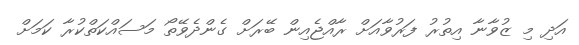
އަދި މި ޒުވާނާ އިތުރު ފަރުވާއަށް ރާއްޖެއިން ބޭރަށް ގެންދެވޭތޯ މަސައްކަތްކުރާ ކަމަށް